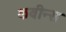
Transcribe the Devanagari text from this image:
कवीन्स